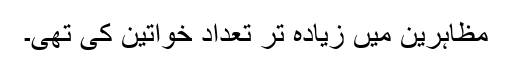
مظاہرین میں زیادہ تر تعداد خواتین کی تھی۔